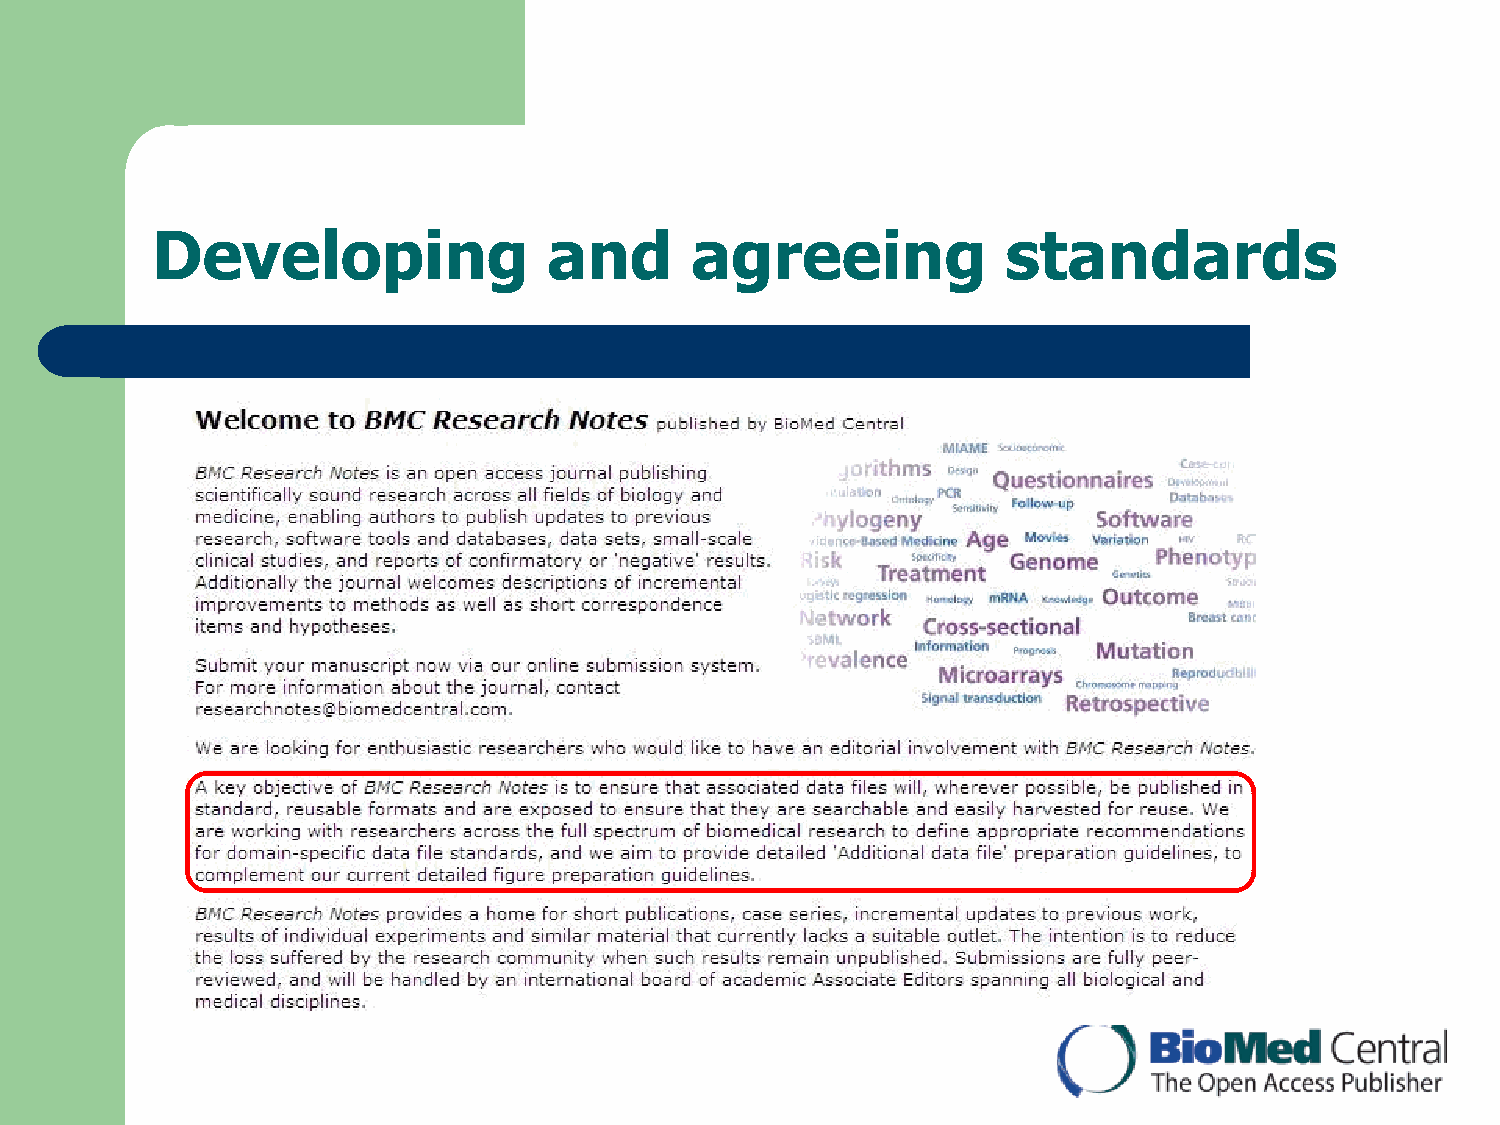
Developing                and       agreeing             standards